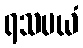
ရသမယံ